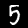
Digit: 5